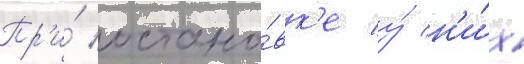
Пр'и́ остано́вк'е у́ н'и́х